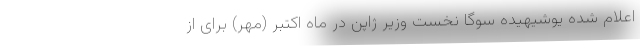
اعلام شده یوشیهیده سوگا نخست وزیر ژاپن در ماه اکتبر (مهر) برای از